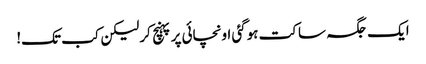
ایک جگہ ساکت ہوگئی اونچائی پرپہنچ کرلیکن کب تک!